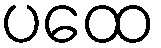
ပထေ